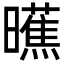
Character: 𬁞